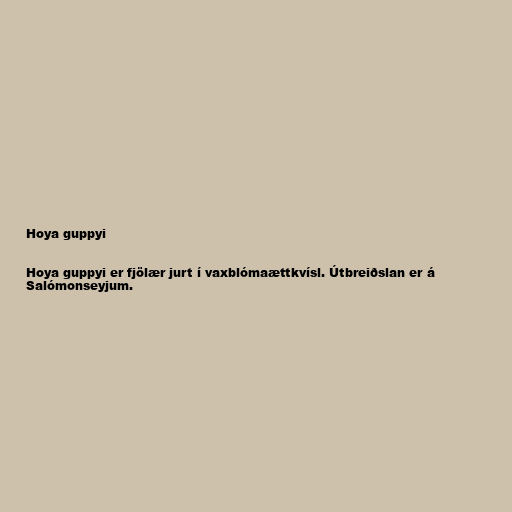
Hoya guppyi

Hoya guppyi er fjölær jurt í vaxblómaættkvísl. Útbreiðslan er á
Salómonseyjum.